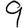
Digit: 9